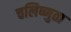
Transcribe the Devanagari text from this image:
चलिष्णुता